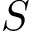
S